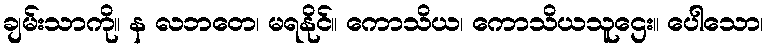
ချမ်းသာကို။ န လဘတေ၊ မရနိုင်။ ကောသိယ၊ ကောသိယသူဌေး။ ပေါသော၊